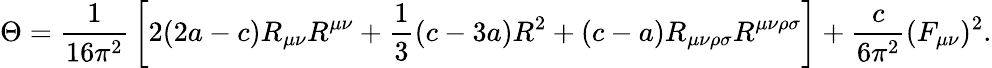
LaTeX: \Theta={\frac{1}{16\pi^{2}}}\left[2(2a-c)R_{\mu\nu}R^{\mu\nu}+{\frac{1}{3}}(c-3a)R^{2}+(c-a)R_{\mu\nu\rho\sigma}R^{\mu\nu\rho\sigma}\right]+{\frac{c}{6\pi^{2}}}(F_{\mu\nu})^{2}.